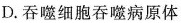
D.吞噬细胞吞噬病原体